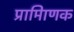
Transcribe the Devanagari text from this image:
प्रामािणक